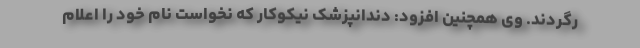
رگردند. وی همچنین افزود: دندانپزشک نیکوکار که نخواست نام خود را اعلام